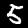
Digit: 5